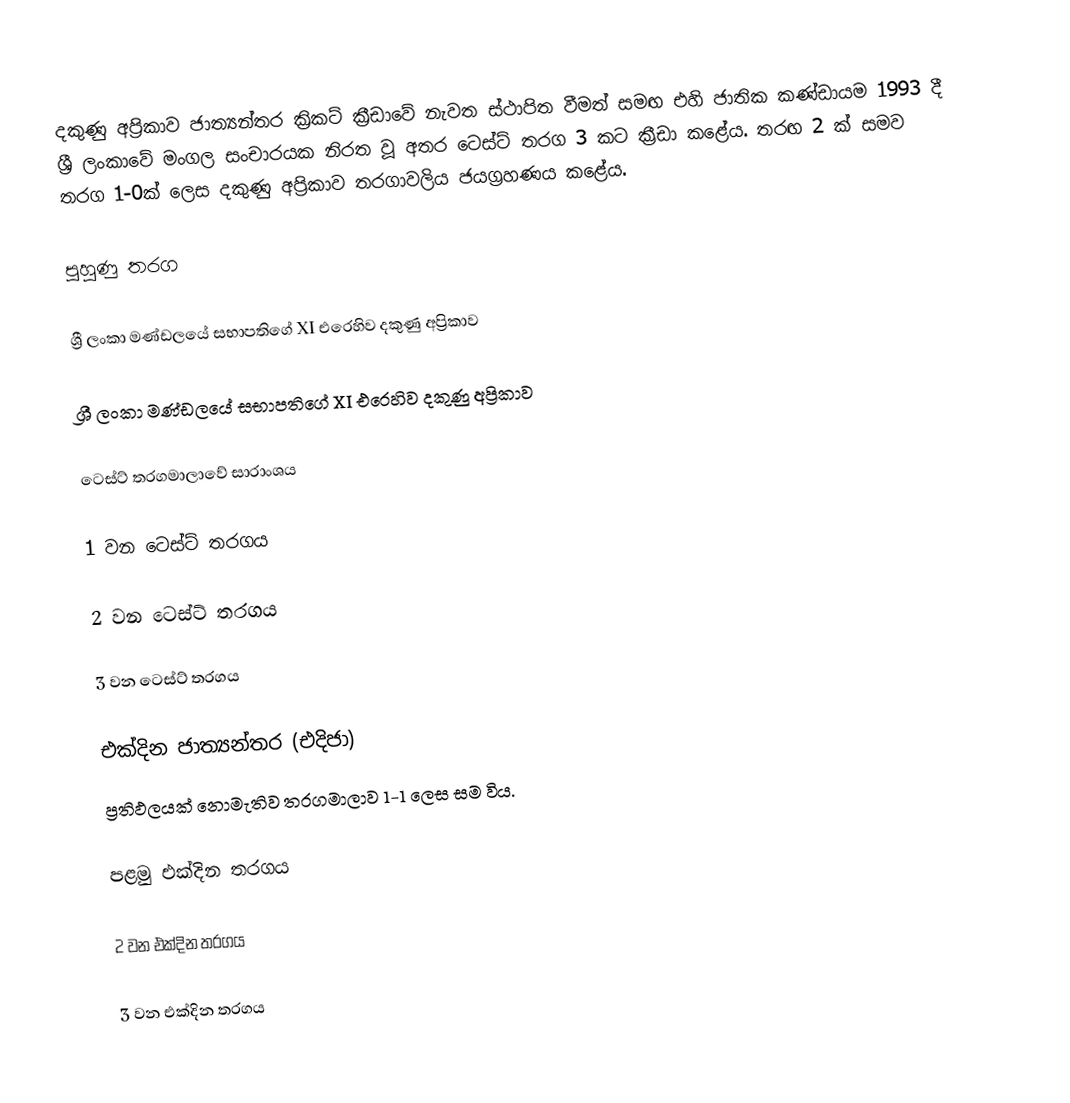
දකුණු අප්‍රිකාව ජාත්‍යන්තර ක්‍රිකට් ක්‍රීඩාවේ නැවත ස්ථාපිත වීමත් සමඟ එහි ජාතික කණ්ඩායම 1993 දී ශ්‍රී ලංකාවේ මංගල සංචාරයක නිරත වූ අතර ටෙස්ට් තරග 3 කට ක්‍රීඩා කළේය. තරඟ 2 ක් සමව තරග 1-0ක් ලෙස දකුණු අප්‍රිකාව තරගාවලිය ජයග්‍රහණය කළේය.

පුහුණු තරග

ශ්‍රී ලංකා මණ්ඩලයේ සභාපතිගේ XI එරෙහිව දකුණු අප්‍රිකාව

ශ්‍රී ලංකා මණ්ඩලයේ සභාපතිගේ XI එරෙහිව දකුණු අප්‍රිකාව

ටෙස්ට් තරගමාලාවේ සාරාංශය

1 වන ටෙස්ට් තරගය

2 වන ටෙස්ට් තරගය

3 වන ටෙස්ට් තරගය

එක්දින ජාත්‍යන්තර (එදිජා)
ප්‍රතිඵලයක් නොමැතිව තරගමාලාව 1-1 ලෙස සම විය.

පළමු එක්දින තරගය

2 වන එක්දින තරගය

3 වන එක්දින තරගය